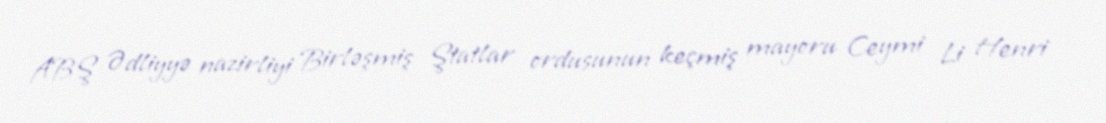
ABŞ Ədliyyə nazirliyi Birləşmiş Ştatlar ordusunun keçmiş mayoru Ceymi Li Henri